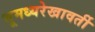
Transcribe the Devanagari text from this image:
भूमध्यरेखावर्ती